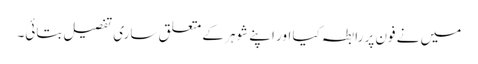
میں نے فون پر رابطہ کیا اور اپنے شوہر کے متعلق ساری تفصیل بتائی۔